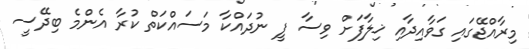
މިރާއްޖޭގައި ގަވާއިދާއި ޚިލާފަށް ވިސާ ފީ ނުދައްކާ މަސައްކަތް ކުރާ އެންމެ ބިދޭސީ